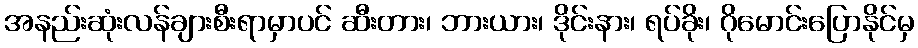
အနည်းဆုံးလန်ချားစီးရာမှာပင် ဆီးတား၊ ဘားယား၊ ဒိုင်းနား၊ ရပ်ခိုး၊ ဂိုမောင်းပြောနိုင်မှ